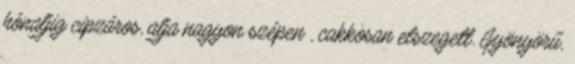
hónaljig cipzáros, alja nagyon szépen , cakkosan elszegett. Gyönyörű,